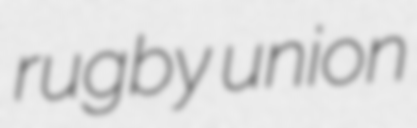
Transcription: rugby union